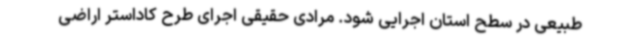
طبیعی در سطح استان اجرایی شود. مرادی حقیقی اجرای طرح کاداستر اراضی